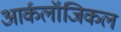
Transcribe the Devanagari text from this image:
आर्कलॉजिकल